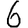
Digit: 6